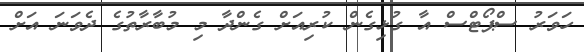
ހަވަރު ސްޕޯޓްސް އާ ގުޅިގެން ކުރިއަށް ގެންދާ މި މުބާރާތުގެ ދެވަނަ އަށް